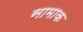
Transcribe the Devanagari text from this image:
सामाक